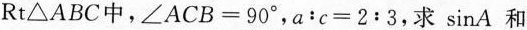
Rt△ABC中，$$∠ A C B = 9 0 °$$，$$a ： c = 2 : 3$$，求\sin A 和